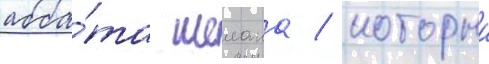
абба́та шелана / которыи